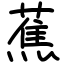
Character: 蕉